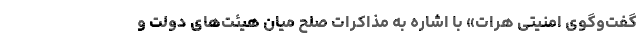
گفت‌وگوی امنیتی هرات» با اشاره به مذاکرات صلح میان هیئت‌های دولت و